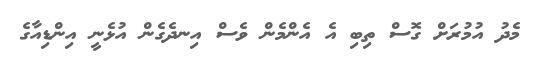
މެދު އުމުރަށް ގޮސް ތިބި އެ އެންމެން ވެސް އިނދެގެން އުޅެނީ އިންޑިއާގެ